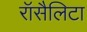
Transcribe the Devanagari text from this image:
रॉसैलिटा